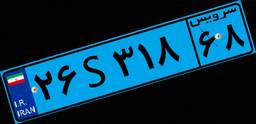
۲۶S۳۱۸۶۸